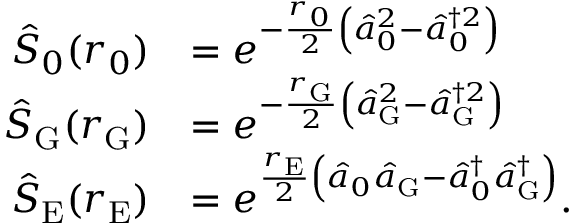
\begin{array} { r l } { \hat { S } _ { 0 } ( r _ { 0 } ) } & { = e ^ { - \frac { r _ { 0 } } { 2 } \left( \hat { a } _ { 0 } ^ { 2 } - \hat { a } _ { 0 } ^ { \dagger 2 } \right) } } \\ { \hat { S } _ { \mathrm { G } } ( r _ { \mathrm { G } } ) } & { = e ^ { - \frac { r _ { \mathrm { G } } } { 2 } \left( \hat { a } _ { \mathrm { G } } ^ { 2 } - \hat { a } _ { \mathrm { G } } ^ { \dagger 2 } \right) } } \\ { \hat { S } _ { \mathrm { E } } ( r _ { \mathrm { E } } ) } & { = e ^ { \frac { r _ { \mathrm { E } } } { 2 } \left( \hat { a } _ { 0 } \hat { a } _ { \mathrm { G } } - \hat { a } _ { 0 } ^ { \dagger } \hat { a } _ { \mathrm { G } } ^ { \dagger } \right) } . } \end{array}